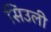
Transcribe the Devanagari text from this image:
सिउली